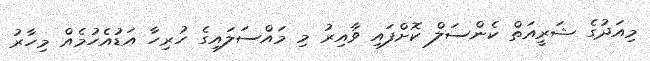
މިއަދުގެ ޝަރީއަތް ކެންސަލް ކޮށްފައި ވާއިރު މި މައްސަލައިގެ ހުރިހާ އަޑުއެހުމެއް މިހާރު